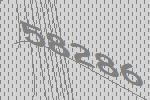
58286